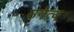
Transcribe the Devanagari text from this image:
उपेत्य